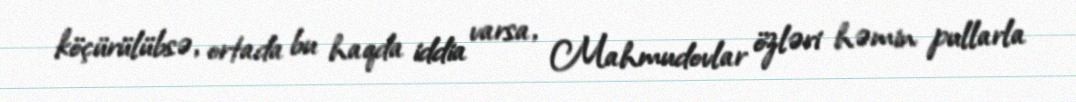
köçürülübsə, ortada bu haqda iddia varsa, Mahmudovlar özləri həmin pullarla